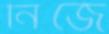
নিজে